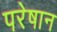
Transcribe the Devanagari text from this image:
परेषान